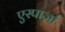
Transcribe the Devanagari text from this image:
एस्पार्ज़ा